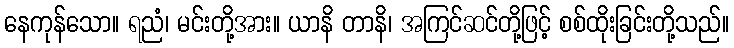
နေကုန်သော။ ရညံ၊ မင်းတို့အား။ ယာနိ တာနိ၊ အကြင်ဆင်တို့ဖြင့် စစ်ထိုးခြင်းတို့သည်။